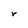
Character: r